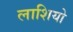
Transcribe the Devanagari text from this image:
लाशियो